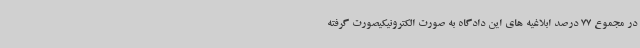
در مجموع 77 درصد ابلاغیه های این دادگاه به صورت الکترونیکیصورت گرفته